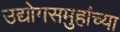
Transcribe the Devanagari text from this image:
उद्योगसमुहांच्या